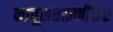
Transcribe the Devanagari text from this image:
कापूसतळणीकर